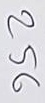
256